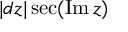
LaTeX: | d z | \sec ( \operatorname { I m } z )